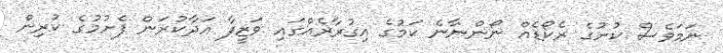
ނަމަވެސް ކުށުގެ ރެކޯޑެއް ނޯންނާނެ ކަމުގެ އިގުރާރެއްގައި ވަޒީފާ އަދާކުރަން ފެށުމުގެ ކުރިން